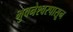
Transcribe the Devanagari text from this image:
भुवनेश्वरपासून